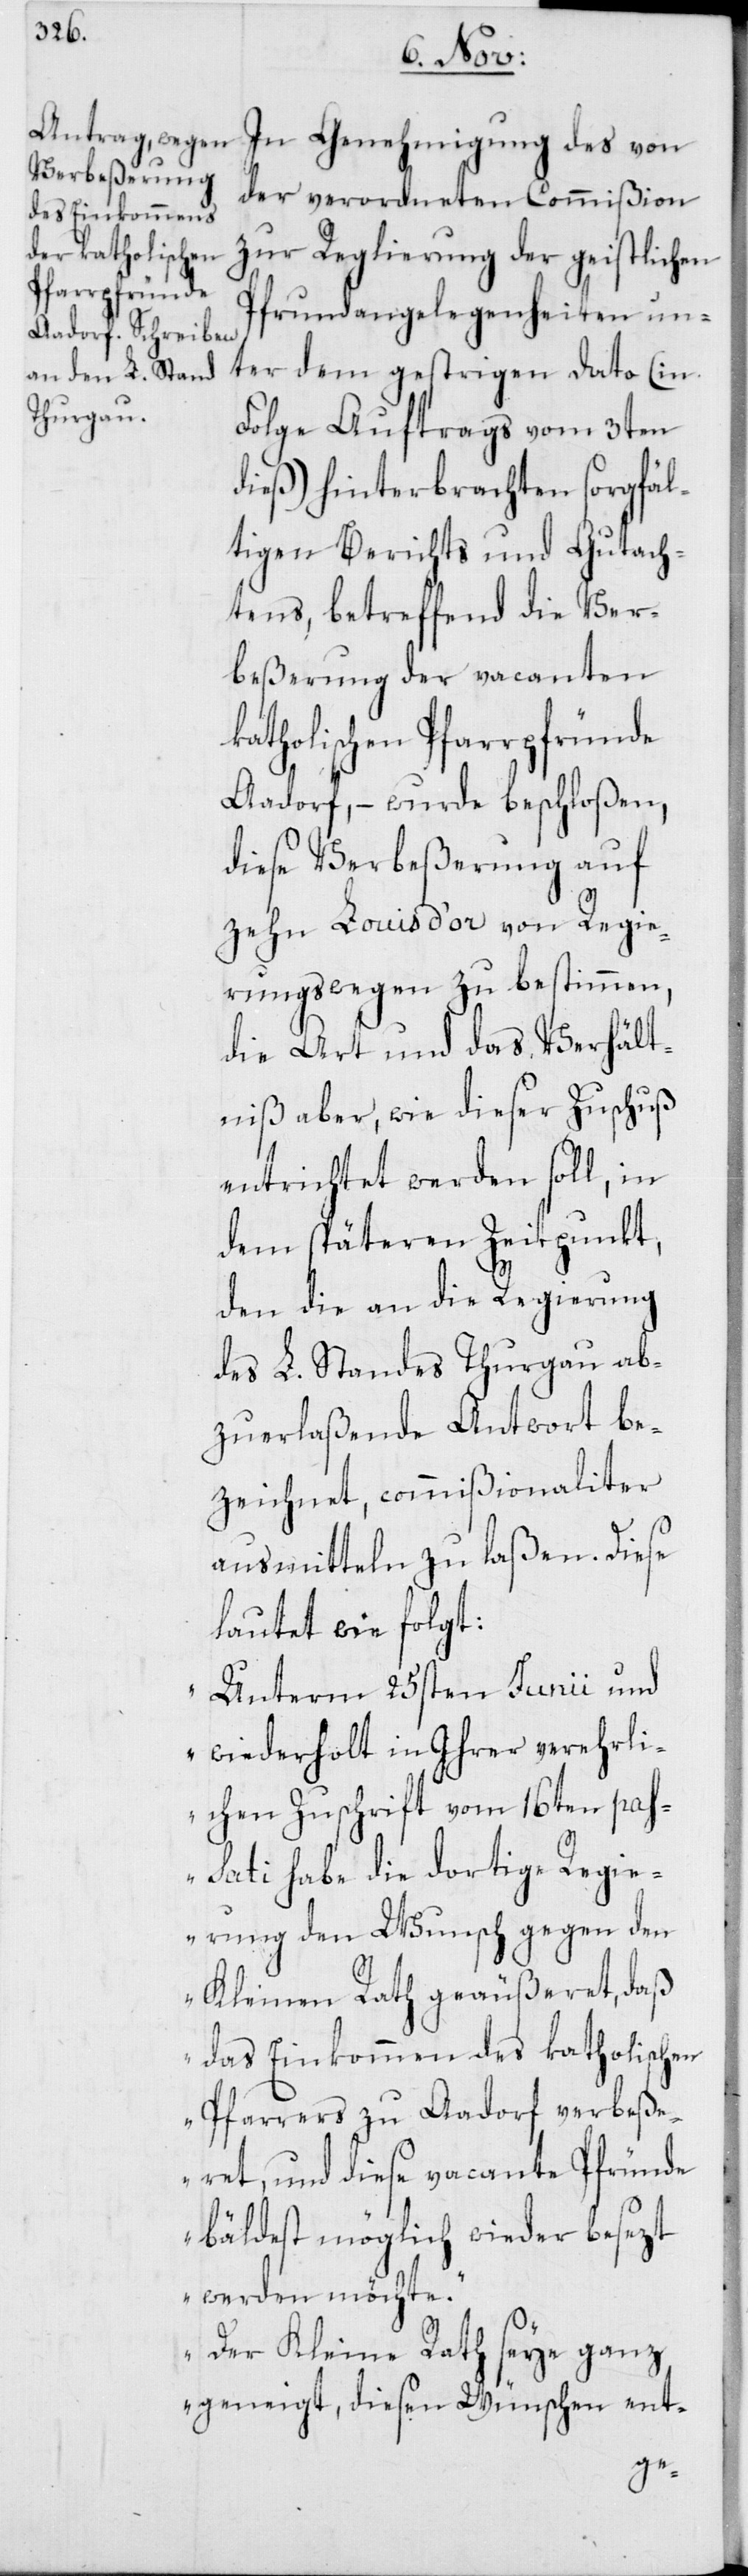
In Genehmigung des von
der verordneten Commißion
zur Reglierung der geistlichen
Pfrundangelegenheiten un¬
ter dem gestrigen Dato (in
Folge Auftrags vom 3ten
dieß) hinterbrachten sorgfäl¬
tigen Berichts und Gutach¬
tens, betreffend die Ver¬
beßerung der vacanten
katholischen Pfarrpfründe
Aadorf, – wurde beschloßen,
diese Verbeßerung auf
zehn Louis d’or von Regie¬
rungswegen zu bestimmen,
die Art und das Verhält¬
niß aber, wie dieser Zuschuß
entrichtet werden soll, in
dem späteren Zeitpunkt,
den die an die Regierung
des L. Standes Thurgau ab¬
zuerlaßende Antwort be¬
zeichnet, commißionaliter
ausmitteln zu laßen. Diese
lautet wie folgt:
„Unterm 25sten Junii und
wiederholt in Ihrer verehrli¬
chen Zuschrift vom 16ten pas¬
sati habe die dortige Regie¬
rung den Wunsch gegen den
Kleinen Rath geäußeret, daß
das Einkommen des katholischen
Pfarrers zu Aadorf verbeße¬
ret, und diese vacante Pfründe
bäldest möglich wieder besezt
werden möchte.
Der Kleine Rath seye ganz
geneigt, diesen Wünschen ent-